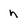
Character: n